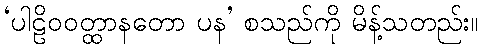
‘ပါဠိဝဝတ္ထာနတော ပန’ စသည်ကို မိန့်သတည်း။